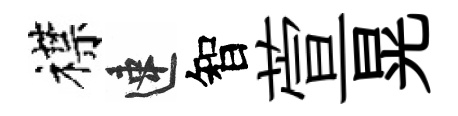
襟速智萱晃